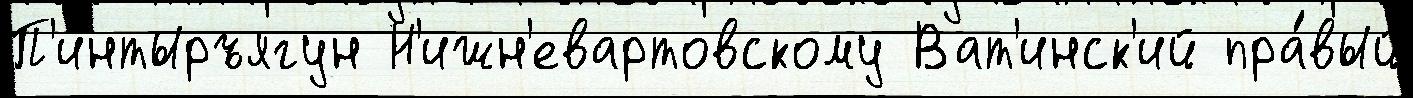
П'интыръягун Н'ижн'евартовскому Ват'инск'ий пра́вый